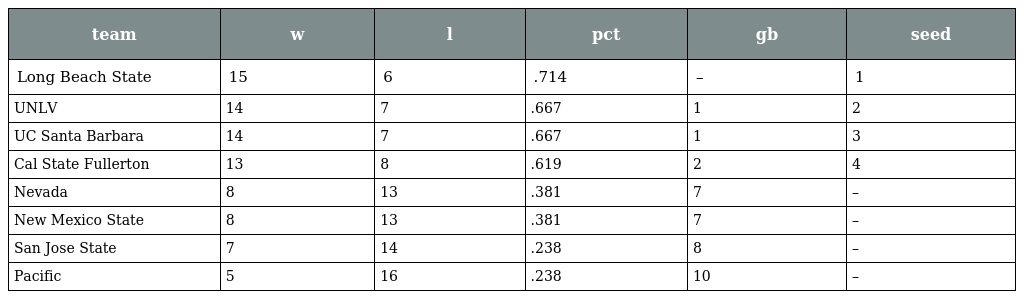
| team | w | l | pct | gb | seed |
 | --- | --- | --- | --- | --- | --- |
 | Long Beach State | 15 | 6 | .714 | – | 1 |
 | UNLV | 14 | 7 | .667 | 1 | 2 |
 | UC Santa Barbara | 14 | 7 | .667 | 1 | 3 |
 | Cal State Fullerton | 13 | 8 | .619 | 2 | 4 |
 | Nevada | 8 | 13 | .381 | 7 | – |
 | New Mexico State | 8 | 13 | .381 | 7 | – |
 | San Jose State | 7 | 14 | .238 | 8 | – |
 | Pacific | 5 | 16 | .238 | 10 | – |